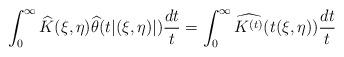
LaTeX: \begin{align*}\int_0^\infty \widehat{K}(\xi,\eta)\widehat{\theta}(t|(\xi,\eta)|) \frac{dt}{t} = \int_0^\infty \widehat{K^{(t)}}(t(\xi,\eta)) \frac{dt}{t}\end{align*}